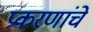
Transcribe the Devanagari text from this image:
प्रकरणांचे